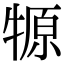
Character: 㹉